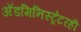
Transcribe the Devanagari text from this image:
अॅडमिनिस्ट्रेटरही